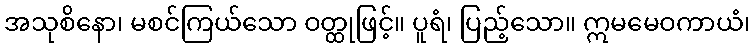
အသုစိနော၊ မစင်ကြယ်သော ဝတ္ထုဖြင့်။ ပူရံ၊ ပြည့်သော။ ဣမမေဝကာယံ၊